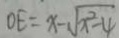
O E = x - \sqrt { x ^ { 2 } - 4 }